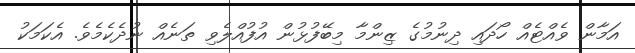
އަމާން ވެއްޓެއް ހޯދައި ދިނުމުގެ ޒިންމާ މިބޭފުޅުން އުފުއްލެވި ތަނެއް ނުދެކެމެވެ. އެކަމަކު